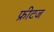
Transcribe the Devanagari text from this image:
फ्रीटज